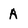
Character: A